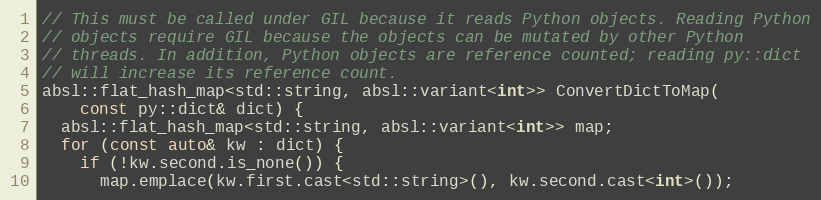
Language: C++
// This must be called under GIL because it reads Python objects. Reading Python
// objects require GIL because the objects can be mutated by other Python
// threads. In addition, Python objects are reference counted; reading py::dict
// will increase its reference count.
absl::flat_hash_map<std::string, absl::variant<int>> ConvertDictToMap(
    const py::dict& dict) {
  absl::flat_hash_map<std::string, absl::variant<int>> map;
  for (const auto& kw : dict) {
    if (!kw.second.is_none()) {
      map.emplace(kw.first.cast<std::string>(), kw.second.cast<int>());